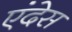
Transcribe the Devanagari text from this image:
एंदेस